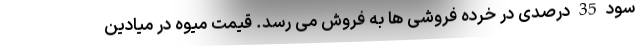
سود 35 درصدی در خرده فروشی ها به فروش می رسد. قیمت میوه در میادین